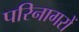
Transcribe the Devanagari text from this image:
परिनागरों